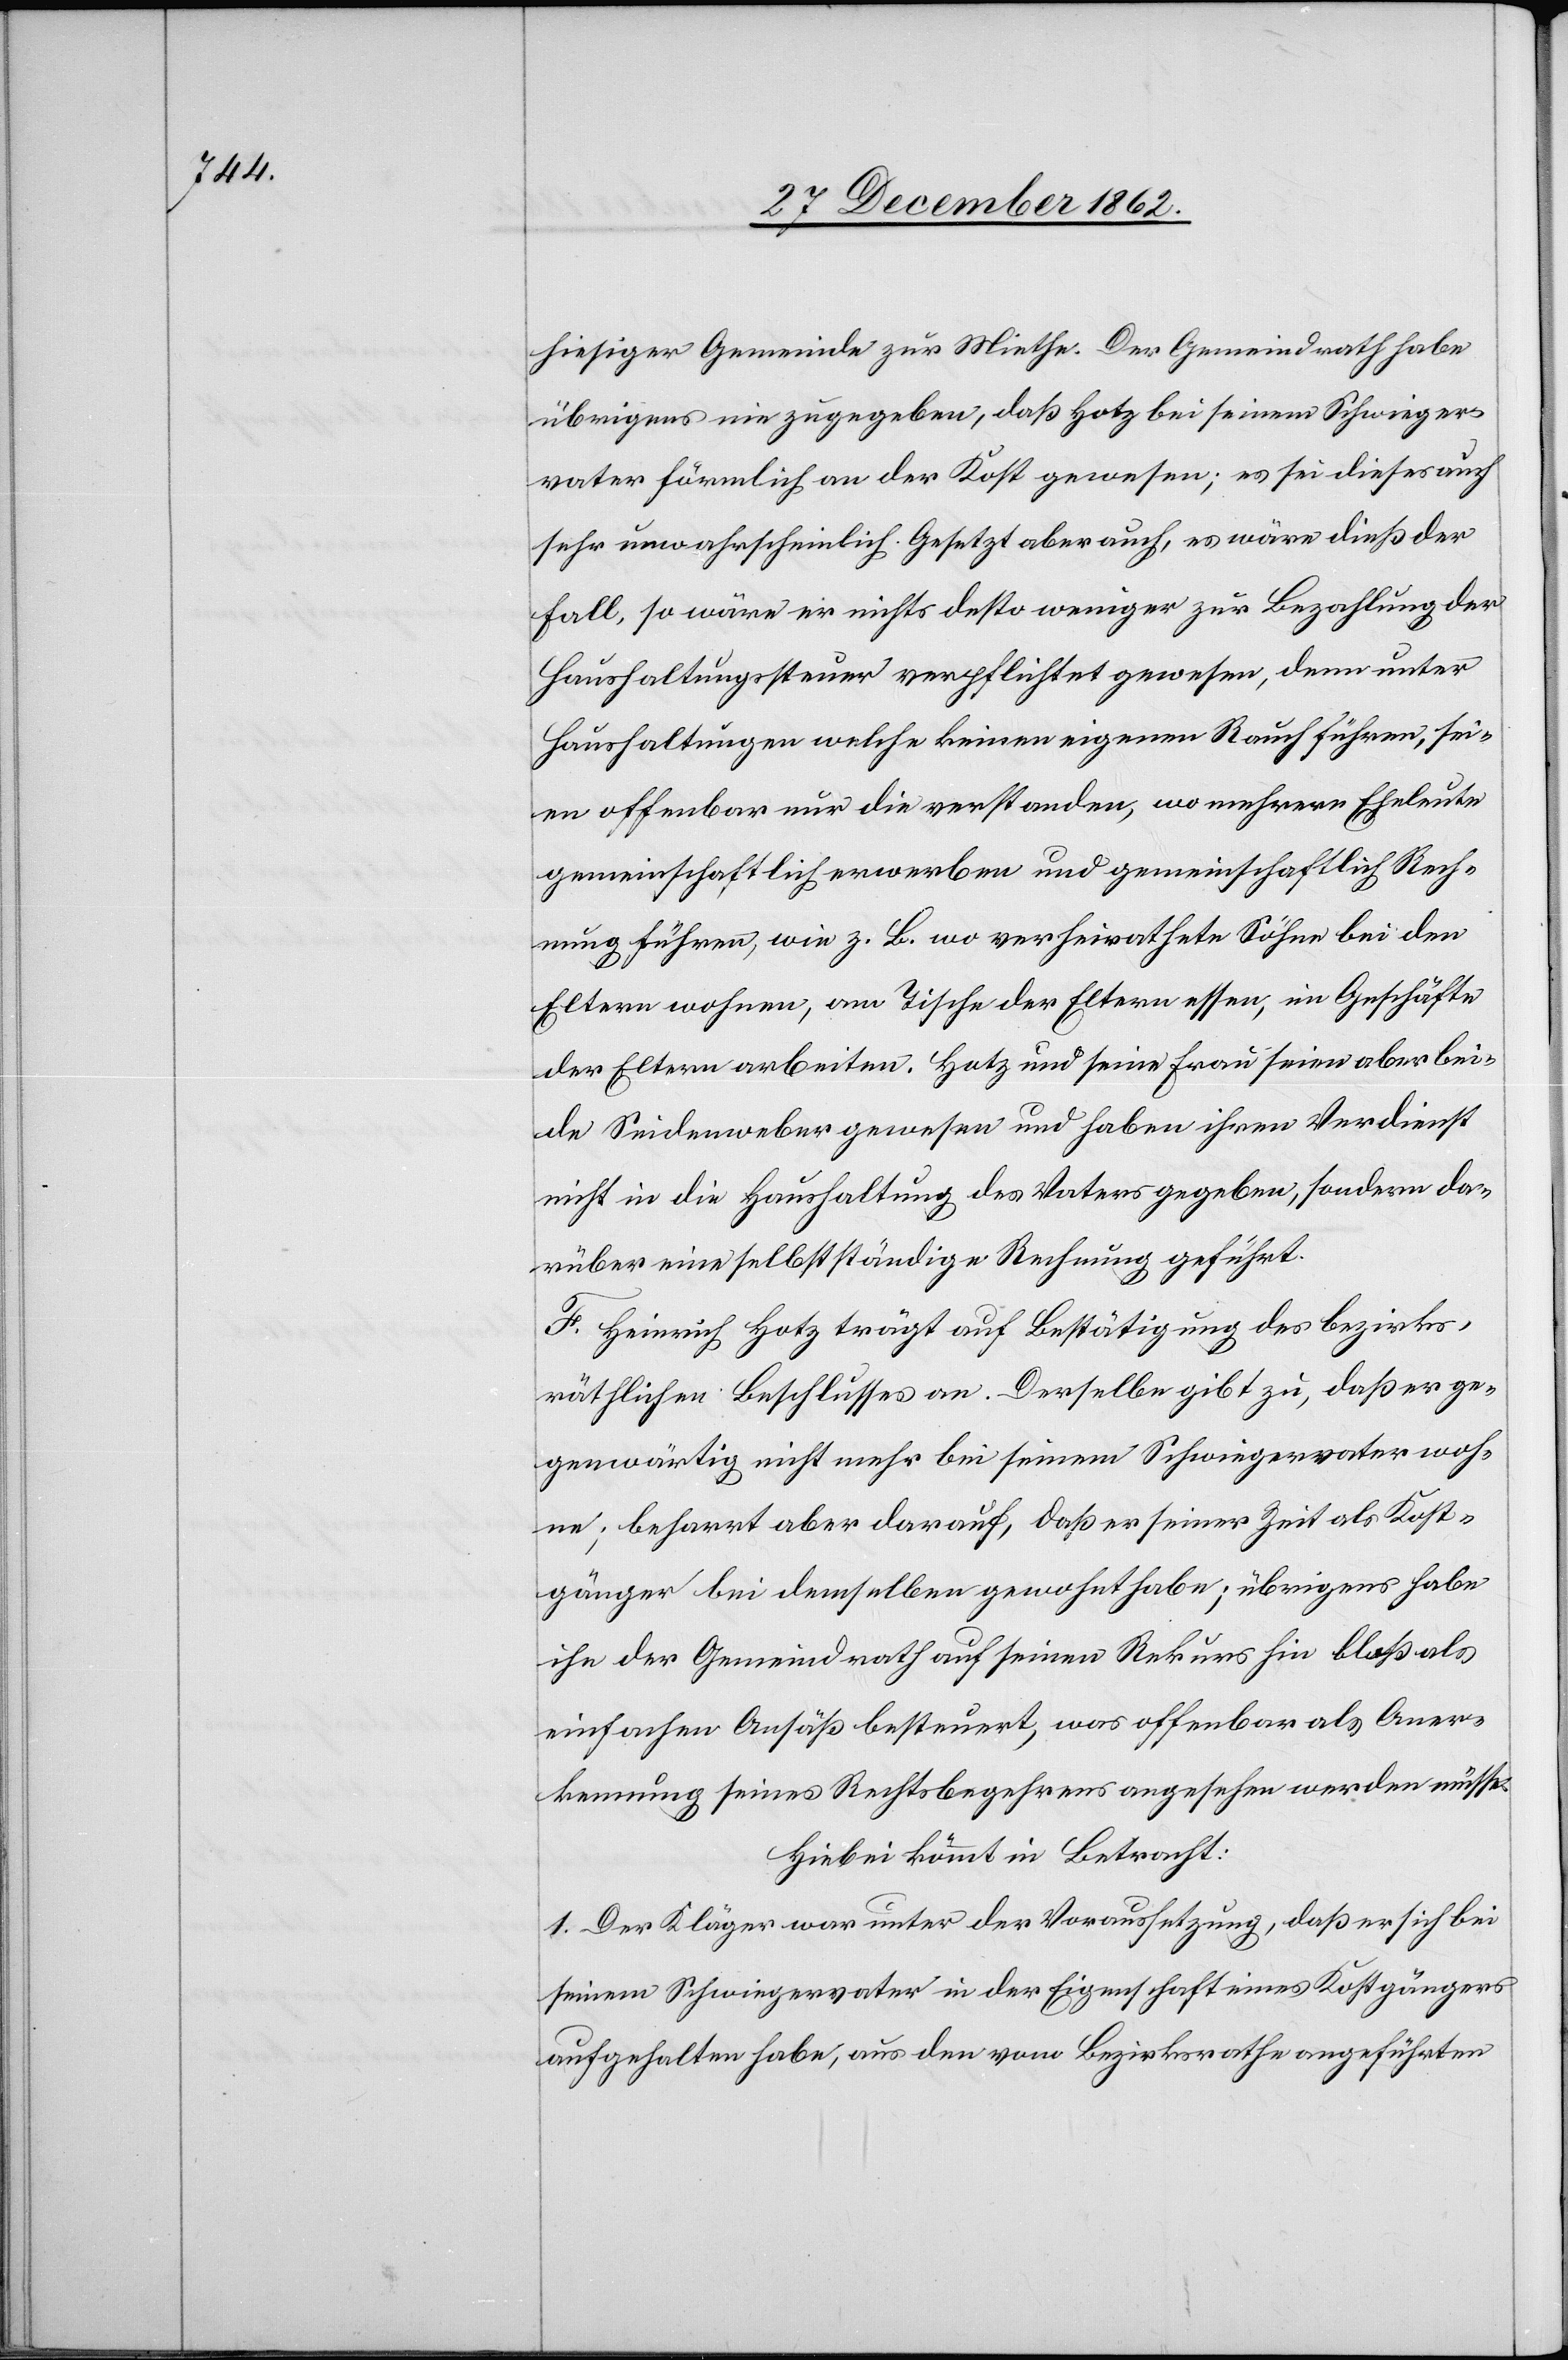
hiesiger Gemeinde zur Miethe. Der Gemeindrath habe
übrigens nie zugegeben, daß Hotz bei seinem Schwieger¬
vater förmlich an der Kost gewesen; es sei dieses auch
sehr unwahrscheinlich. Gesetzt aber auch, es wäre dieß der
Fall, so wäre er nichts desto weniger zur Bezahlung der
Haushaltungssteuer verpflichtet gewesen, denn unter
Haushaltungen welche keinen eigenen Rauch führen, sei¬
en offenbar nur die verstanden, wo mehrere Eheleute
gemeinschaftlich erwerben und gemeinschaftlich Rech¬
nung führen, wie z. B. wo verheirathete Söhne bei den
Eltern wohnen, am Tische der Eltern essen, im Geschäfte
der Eltern arbeiten. Hotz und seine Frau seien aber bei¬
de Seidenweber gewesen und haben ihren Verdienst
nicht in die Haushaltung des Vaters gegeben, sondern da¬
rüber eine selbstständige Rechnung geführt.
F. Heinrich Hotz trägt auf Bestätigung des bezirks¬
räthlichen Beschlusses an. Derselbe gibt zu, da er ge¬
genwärtig nicht mehr bei seinem Schwiegervater woh¬
ne; beharrt aber darauf, daß er seiner Zeit als Kost¬
gänger bei demselben gewohnt habe; übrigens habe
ihn der Gemeindrath auf seinen Rekurs hin bloß als
einfachen Ansäß besteuert, was offenbar als Aner¬
kennung seines Rechtsbegehrens angesehen werden müsse.
Hiebei kömmt in Betracht:
1. Der Kläger war unter der Voraussetzung, daß er sich bei
seinem Schwiegervater in der Eigenschaft eines Kostgängers
aufgehalten habe, aus den vom Bezirksrathe angeführten